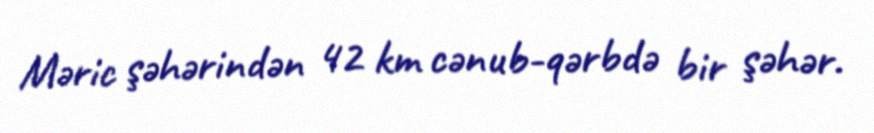
Məric şəhərindən 42 km cənub-qərbdə bir şəhər.